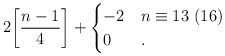
\begin{align*}2\biggl[\frac{n-1}4\biggr]+\begin{cases}-2&n\equiv13\ (16)\\ 0&.\end{cases}\end{align*}